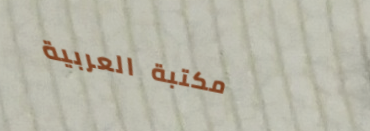
مكتبة العربية